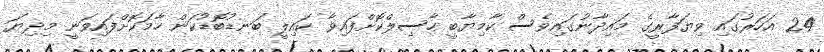
24 އަހަރުގައި ވިޔަފާރީގެ މައިދާނުގައިވެސް ކާމިޔާބީ ހާސިލްކޮށްފައިވާ ކައިލީ ބަނޑުބޮޑުކަން ހާމަކޮށްފައިވަނީ މިދިޔަ